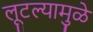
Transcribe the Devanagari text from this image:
लूटल्यामुळे